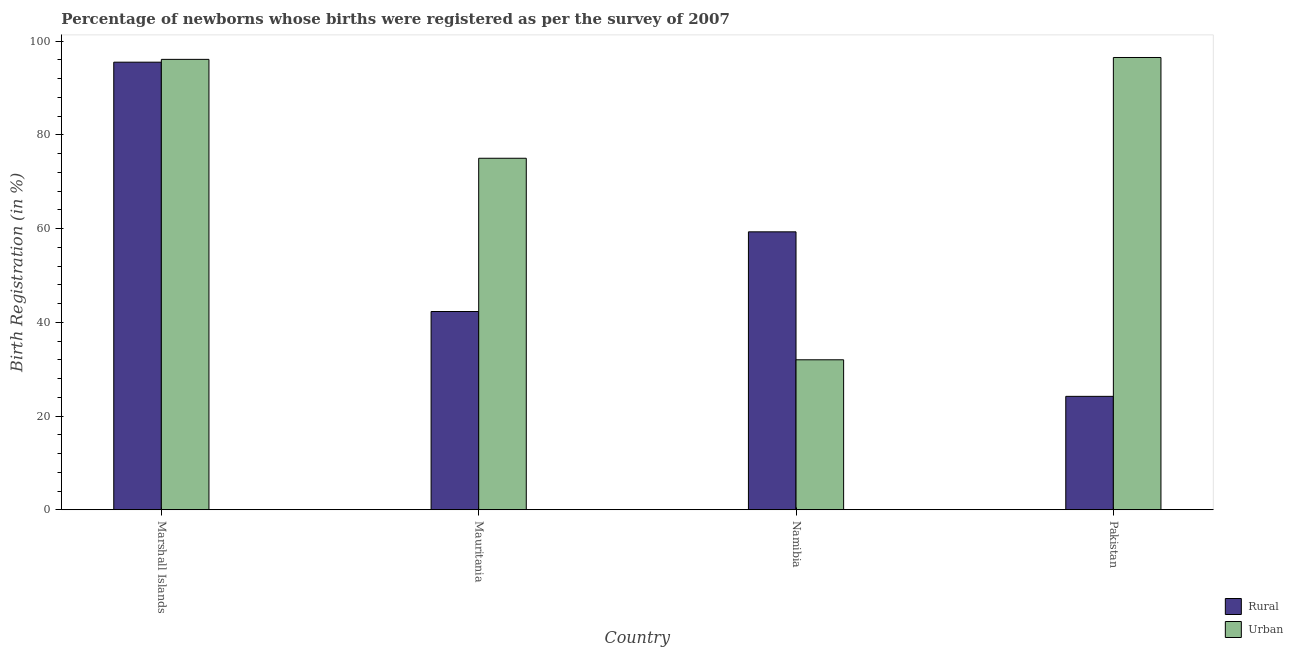
| Country | Rural | Urban |
 | --- | --- | --- |
 | Marshall Islands | 95.5 | 96.1 |
 | Mauritania | 42.3 | 75 |
 | Namibia | 59.3 | 32 |
 | Pakistan | 24.2 | 96.5 |